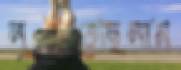
লুটিতেছিলাম